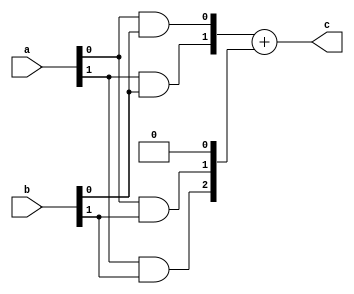
`timescale 1ns / 1ps
//////////////////////////////////////////////////////////////////////////////////
// Company: 
// Engineer: 
// 
// Design Name: 
// Module Name: mult
// Project Name: 
// Target Devices: 
// Tool Versions: 
// Description: 
// 
// Dependencies: 
// 
// Revision:
// Revision 0.01 - File Created
// Additional Comments:
// 
//////////////////////////////////////////////////////////////////////////////////


module mult(
    input [1:0]a,
    input [1:0]b,
    output reg [3:0]c
    );
    reg [3:0]x,y;
    always@(a,b)
    begin
    x={(a[1]&b[0]),(a[0]&b[0])};
    y={(a[1]&b[1]),(a[0]&b[1]),1'b0};
    c=x+y;
    end
endmodule